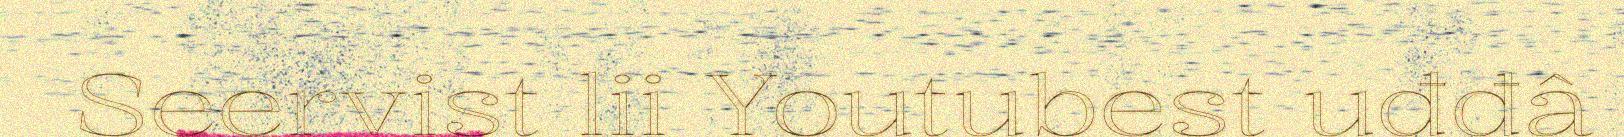
Seervist lii Youtubest uđđâ